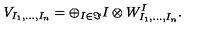
V _ { I _ { 1 } , \dots , I _ { n } } = \oplus _ { I \in \Im } I \otimes W _ { I _ { 1 } , \dots , I _ { n } } ^ { I } .